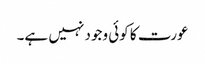
عورت کا کوئی وجود نہیں ہے۔